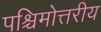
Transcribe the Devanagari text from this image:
पश्चिमोत्तरीय